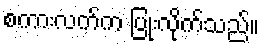
စကားလက်က ပြုံးလိုက်သည်။